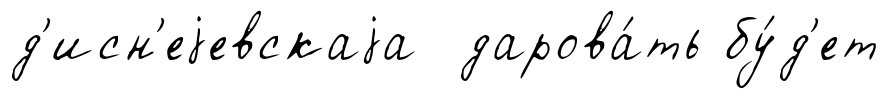
д'исн'еjевскаjа дарова́ть бу́д'ет